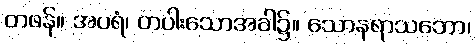
တဖန်။ အပရံ၊ တပါးသောအခါ၌။ သောနရာသဘော၊